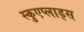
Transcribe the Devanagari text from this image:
स्कुएप्लाड्स